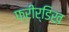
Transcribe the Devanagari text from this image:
फ्रीर्डिख़